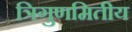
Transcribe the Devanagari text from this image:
त्रिगुणमितीय